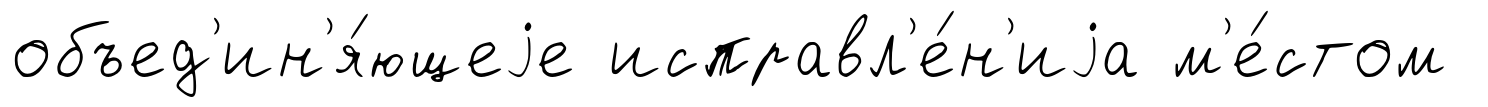
объед'ин'я́ющеjе исправл'е́н'иjа м'е́стом